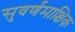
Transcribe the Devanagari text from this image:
सुवर्णमाक्षिक